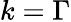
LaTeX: k=\Gamma